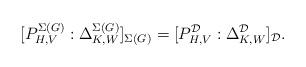
LaTeX: \begin{align*}[P_{H,V}^{\Sigma(G)} : \Delta_{K,W}^{\Sigma(G)} ]_{\Sigma(G)} = [P_{H,V}^{\mathcal{D}} : \Delta_{K,W}^{\mathcal{D}}]_{\mathcal{D}}. \end{align*}